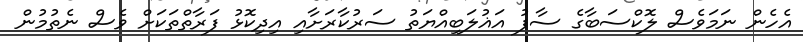
އެހެން ނަމަވެސް ލޮކްސަބާގެ ސާފު އަޣުލަބިއްޔަތު ސަރުކާރަށާއި އިދިކޮޅު ފަރާތްތަކަށް ވެސް ނެތުމުން